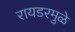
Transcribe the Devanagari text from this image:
रायडरमुळे